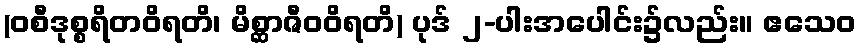
(ဝစီဒုစ္စရိတဝိရတိ၊ မိစ္ဆာဇီဝဝိရတိ) ပုဒ် ၂-ပါးအပေါင်း၌လည်း။ ဧသေဝ